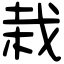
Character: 栽